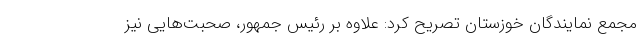
مجمع نمایندگان خوزستان تصریح کرد: علاوه بر رئیس جمهور، صحبت‌هایی نیز